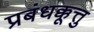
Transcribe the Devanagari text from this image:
प्रबंधक्कूत्तु